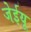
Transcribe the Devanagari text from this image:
जेईयू